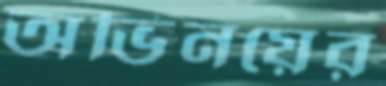
অভিনয়ের